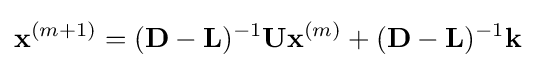
\mathbf {x} ^{(m+1)}=(\mathbf {D} -\mathbf {L} )^{-1}\mathbf {U} \mathbf {x} ^{(m)}+(\mathbf {D} -\mathbf {L} )^{-1}\mathbf {k}